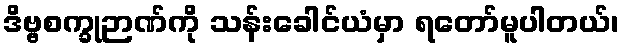
ဒိဗ္ဗစက္ခုဉာဏ်ကို သန်းခေါင်ယံမှာ ရတော်မူပါတယ်၊